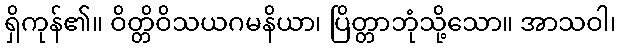
ရှိကုန်၏။ ဝိတ္တိဝိသယဂမနိယာ၊ ပြိတ္တာဘုံသို့သော။ အာသဝါ၊